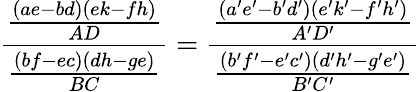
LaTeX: \frac{\frac{(ae-bd)(ek-fh)}{AD}}{\frac{(bf-ec)(dh-ge)}{BC}}=\frac{\frac{(a^{\prime}e^{\prime}-b^{\prime}d^{\prime})(e^{\prime}k^{\prime}-f^{\prime}h^{\prime})}{A^{\prime}D^{\prime}}}{\frac{(b^{\prime}f^{\prime}-e^{\prime}c^{\prime})(d^{\prime}h^{\prime}-g^{\prime}e^{\prime})}{B^{\prime}C^{\prime}}}